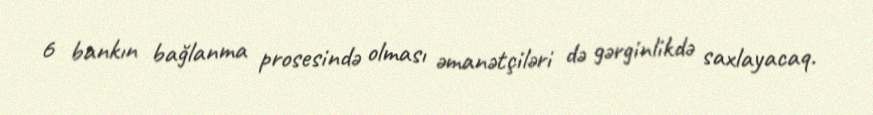
6 bankın bağlanma prosesində olması əmanətçiləri də gərginlikdə saxlayacaq.